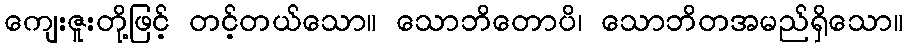
ကျေးဇူးတို့ဖြင့် တင့်တယ်သော။ သောဘိတောပိ၊ သောဘိတအမည်ရှိသော။